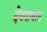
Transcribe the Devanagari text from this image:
देवरायांत